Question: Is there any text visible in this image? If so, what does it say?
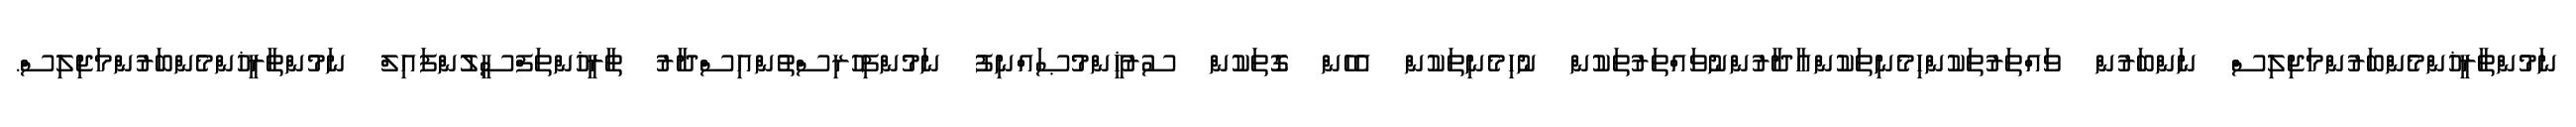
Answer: ނަމުންތާރީޚުންމެންބަރުންމަޖިލިސް ނަންބަރުން ވައްތަރުތަކުންހިމެނިތަކުންއާދާރުންނުވައްތަރުތަކުން ނުހިމެނިތަކުން އެހެން ގޮތަކުން ސުރުޚީންމުޞައްނިފު ނަމުންފިހުރިސްތުންއިސްދާރު ތާރީޚުންތަފްސީލުންފައިލް ނަމުންތާރީޚުންމެންބަރުންމަޖިލިސް.